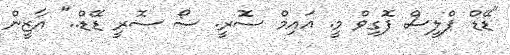
"ޑޭޑް ޕްލީސް ފޮގިވް މީ. އައިމް ސޮރީ. ސޯ ސޮރީ ޑޭޑް.." އާޒީން